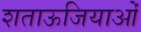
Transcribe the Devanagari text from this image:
शताऊजियाओं